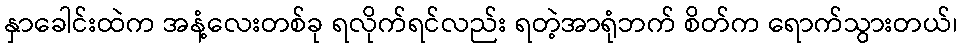
နှာခေါင်းထဲက အနံ့လေးတစ်ခု ရလိုက်ရင်လည်း ရတဲ့အာရုံဘက် စိတ်က ရောက်သွားတယ်၊